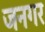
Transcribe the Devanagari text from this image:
जनगर